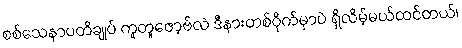
စစ်သေနာပတိချုပ် ကူတူဇော့ဗ်လဲ ဒီနားတစ်ဝိုက်မှာပဲ ရှိလိမ့်မယ်ထင်တယ်၊